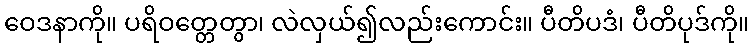
ဝေဒနာကို။ ပရိဝတ္တေတွာ၊ လဲလှယ်၍လည်းကောင်း။ ပီတိပဒံ၊ ပီတိပုဒ်ကို။